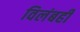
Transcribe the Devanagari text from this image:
विलंबही